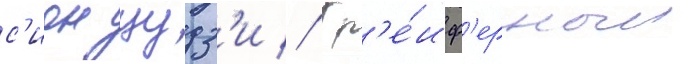
с'ион цудз'и // Гр'е́иф'ерныи